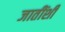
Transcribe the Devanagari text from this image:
जातींशी